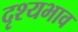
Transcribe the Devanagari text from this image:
दृश्यभाव